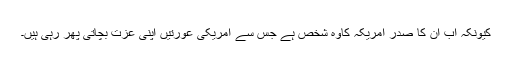
کیونکہ اب ان کا صدر امریکہ کاوہ شخص ہے جس سے امریکی عورتیں اپنی عزت بچاتی پھر رہی ہیں۔